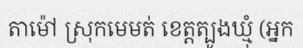
តាម៉ៅ ស្រុកមេមត់ ខេត្តត្បូងឃ្មុំ (អ្នក